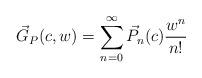
LaTeX: \begin{gather*}\vec{G}_{P}(c,w)=\sum\limits_{n=0}^{\infty}\vec{P}_{n}(c) \frac{w^{n}}{n!}\end{gather*}